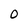
Character: 0